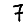
Digit: 7